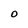
Character: O